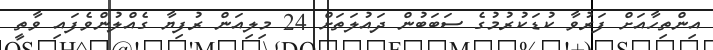
އިންތިހާއަށް ފަރުވާ ކުޑަކުރުމުގެ ސަބަބުން ދައުލަތަށް 24 މިލިއަން ރުފިޔާ ގެއްލުންވެފައި ވާތީ